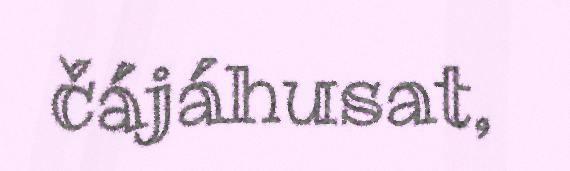
čájáhusat,